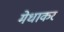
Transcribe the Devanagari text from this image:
मेधाकर